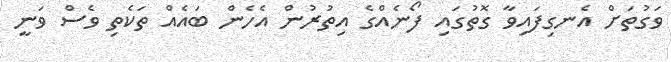
ވަގުތަށް އެނގިފައިވާ ގޮތުގައި ފޯނެއްގެ އިތުރުން އެހެން ބައެއް ތަކެތި ވެސް ވަނީ